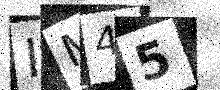
Text: IM45